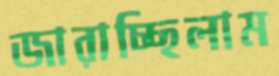
জারাচ্ছিলাম